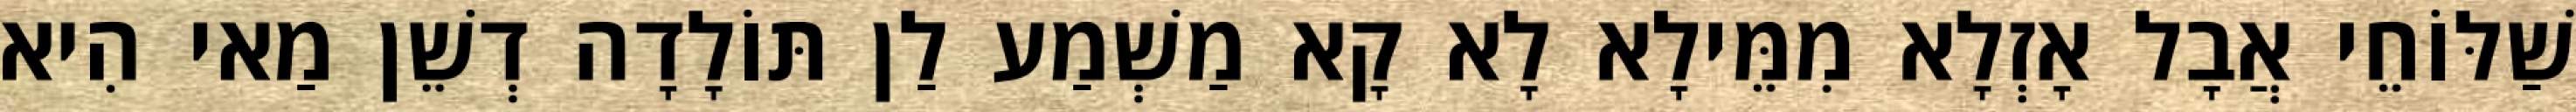
שַׁלּוֹחֵי אֲבָל אָזְלָא מִמֵּילָא לָא קָא מַשְׁמַע לַן תּוֹלָדָה דְשֵׁן מַאי הִיא